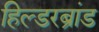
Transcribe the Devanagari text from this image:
हिल्डरब्रांड